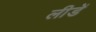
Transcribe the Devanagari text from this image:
लीडें